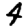
Digit: 4